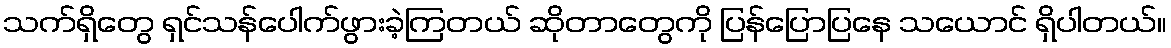
သက်ရှိတွေ ရှင်သန်ပေါက်ဖွားခဲ့ကြတယ် ဆိုတာတွေကို ပြန်ပြောပြနေ သယောင် ရှိပါတယ်။